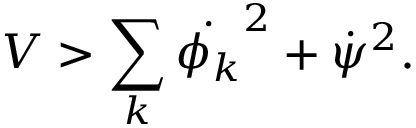
{ V > \sum _ { k } \dot { \phi _ { k } } ^ { 2 } + \dot { \psi } ^ { 2 } . }